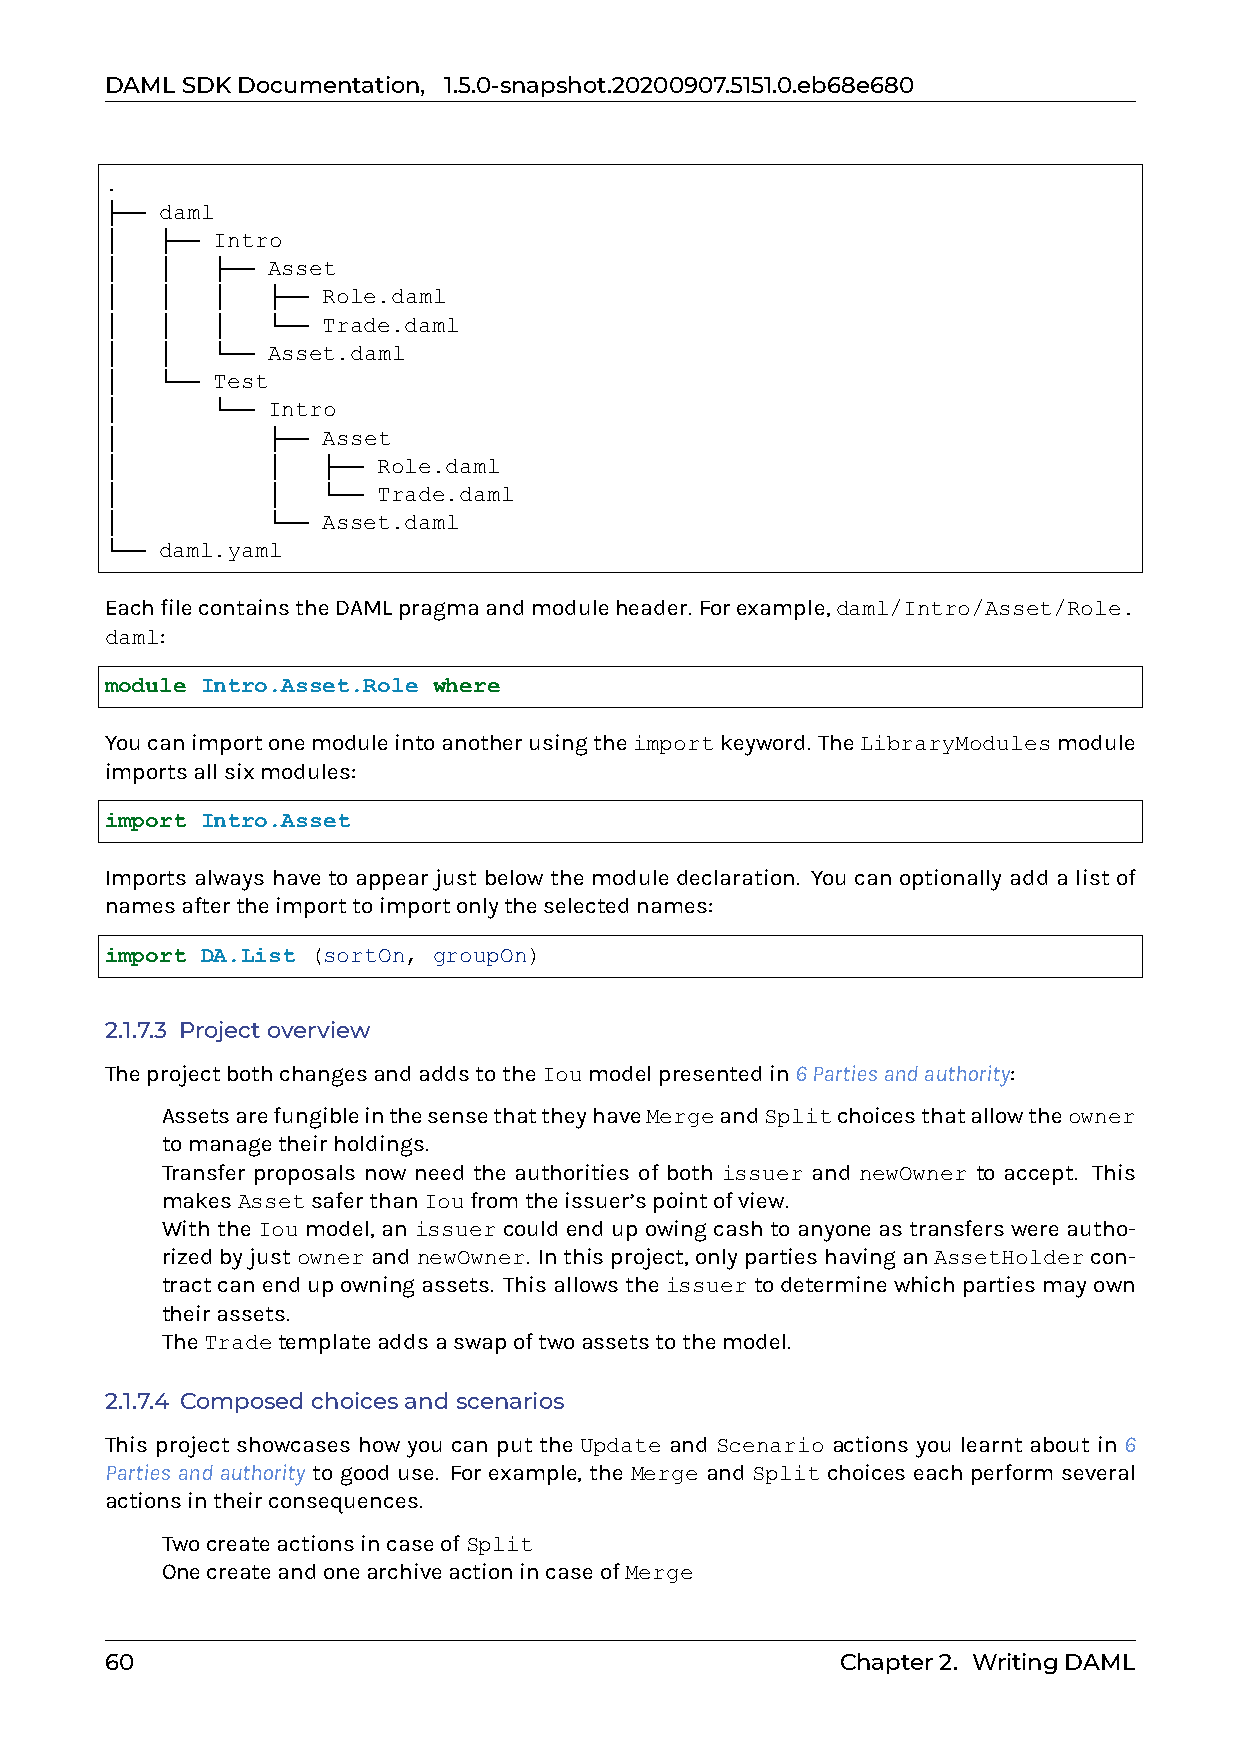
DAMLSDKDocumentation, 1.5.0-snapshot.20200907.5151.0.eb68e680
 .
 ├── daml
 │   ├── Intro
 │   │  ├── Asset
 │   │  │   ├── Role.daml
 │   │  │   └── Trade.daml
 │   │  └── Asset.daml
 │   └── Test
 │      └── Intro
 │          ├── Asset
 │          │  ├── Role.daml
 │          │  └── Trade.daml
 │          └── Asset.daml
 └── daml.yaml
 EachfilecontainstheDAMLpragmaandmoduleheader. Forexample,daml/Intro/Asset/Role.
 daml:
 module Intro.Asset.Role where
 Youcanimportonemoduleintoanotherusingtheimportkeyword. TheLibraryModulesmodule
 importsallsixmodules:
 import Intro.Asset
 Imports always have to appear just below the module declaration. You can optionally add a list of
 namesaftertheimporttoimportonlytheselectednames:
 import DA.List (sortOn, groupOn)
 2.1.7.3 Projectoverview
 TheprojectbothchangesandaddstotheIoumodelpresentedin6Partiesandauthority:
 0 AssetsarefungibleinthesensethattheyhaveMergeandSplitchoicesthatallowtheowner
 tomanagetheirholdings.
 0 Transfer proposals now need the authorities of both issuer and newOwner to accept. This
 makesAssetsaferthanIoufromtheissuer’spointofview.
 With the Iou model, an issuer could end up owing cash to anyone as transfers were autho-
 rizedbyjustownerandnewOwner. Inthisproject,onlypartieshavinganAssetHoldercon-
 tractcanendupowningassets. Thisallowstheissuertodeterminewhichpartiesmayown
 theirassets.
 0 TheTradetemplateaddsaswapoftwoassetstothemodel.
 2.1.7.4 Composedchoicesandscenarios
 This project showcases how you can put the Update and Scenario actions you learnt about in 6
 Partiesandauthority to good use. For example, the Merge and Split choices each perform several
 actionsintheirconsequences.
 0 TwocreateactionsincaseofSplit
 0 OnecreateandonearchiveactionincaseofMerge
 60                                               Chapter2. WritingDAML